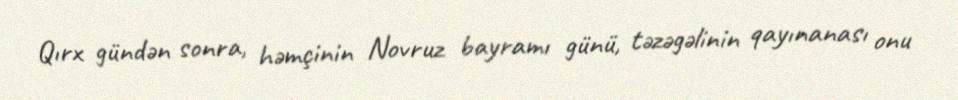
Qırx gündən sonra, həmçinin Novruz bayramı günü, təzəgəlinin qayınanası onu